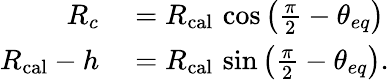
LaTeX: \begin{array}{rl}{R_{c}}&{{}=R_{\mathrm{cal}}\, \cos\left(\frac{\pi}{2}-\theta_{eq}\right)}\\ {R_{\mathrm{cal}}-h}&{{}=R_{\mathrm{cal}}\, \sin\left(\frac{\pi}{2}-\theta_{eq}\right).}\end{array}